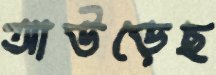
আউড়েছ